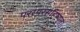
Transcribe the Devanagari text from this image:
परस्परसहिष्णुता